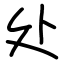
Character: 处